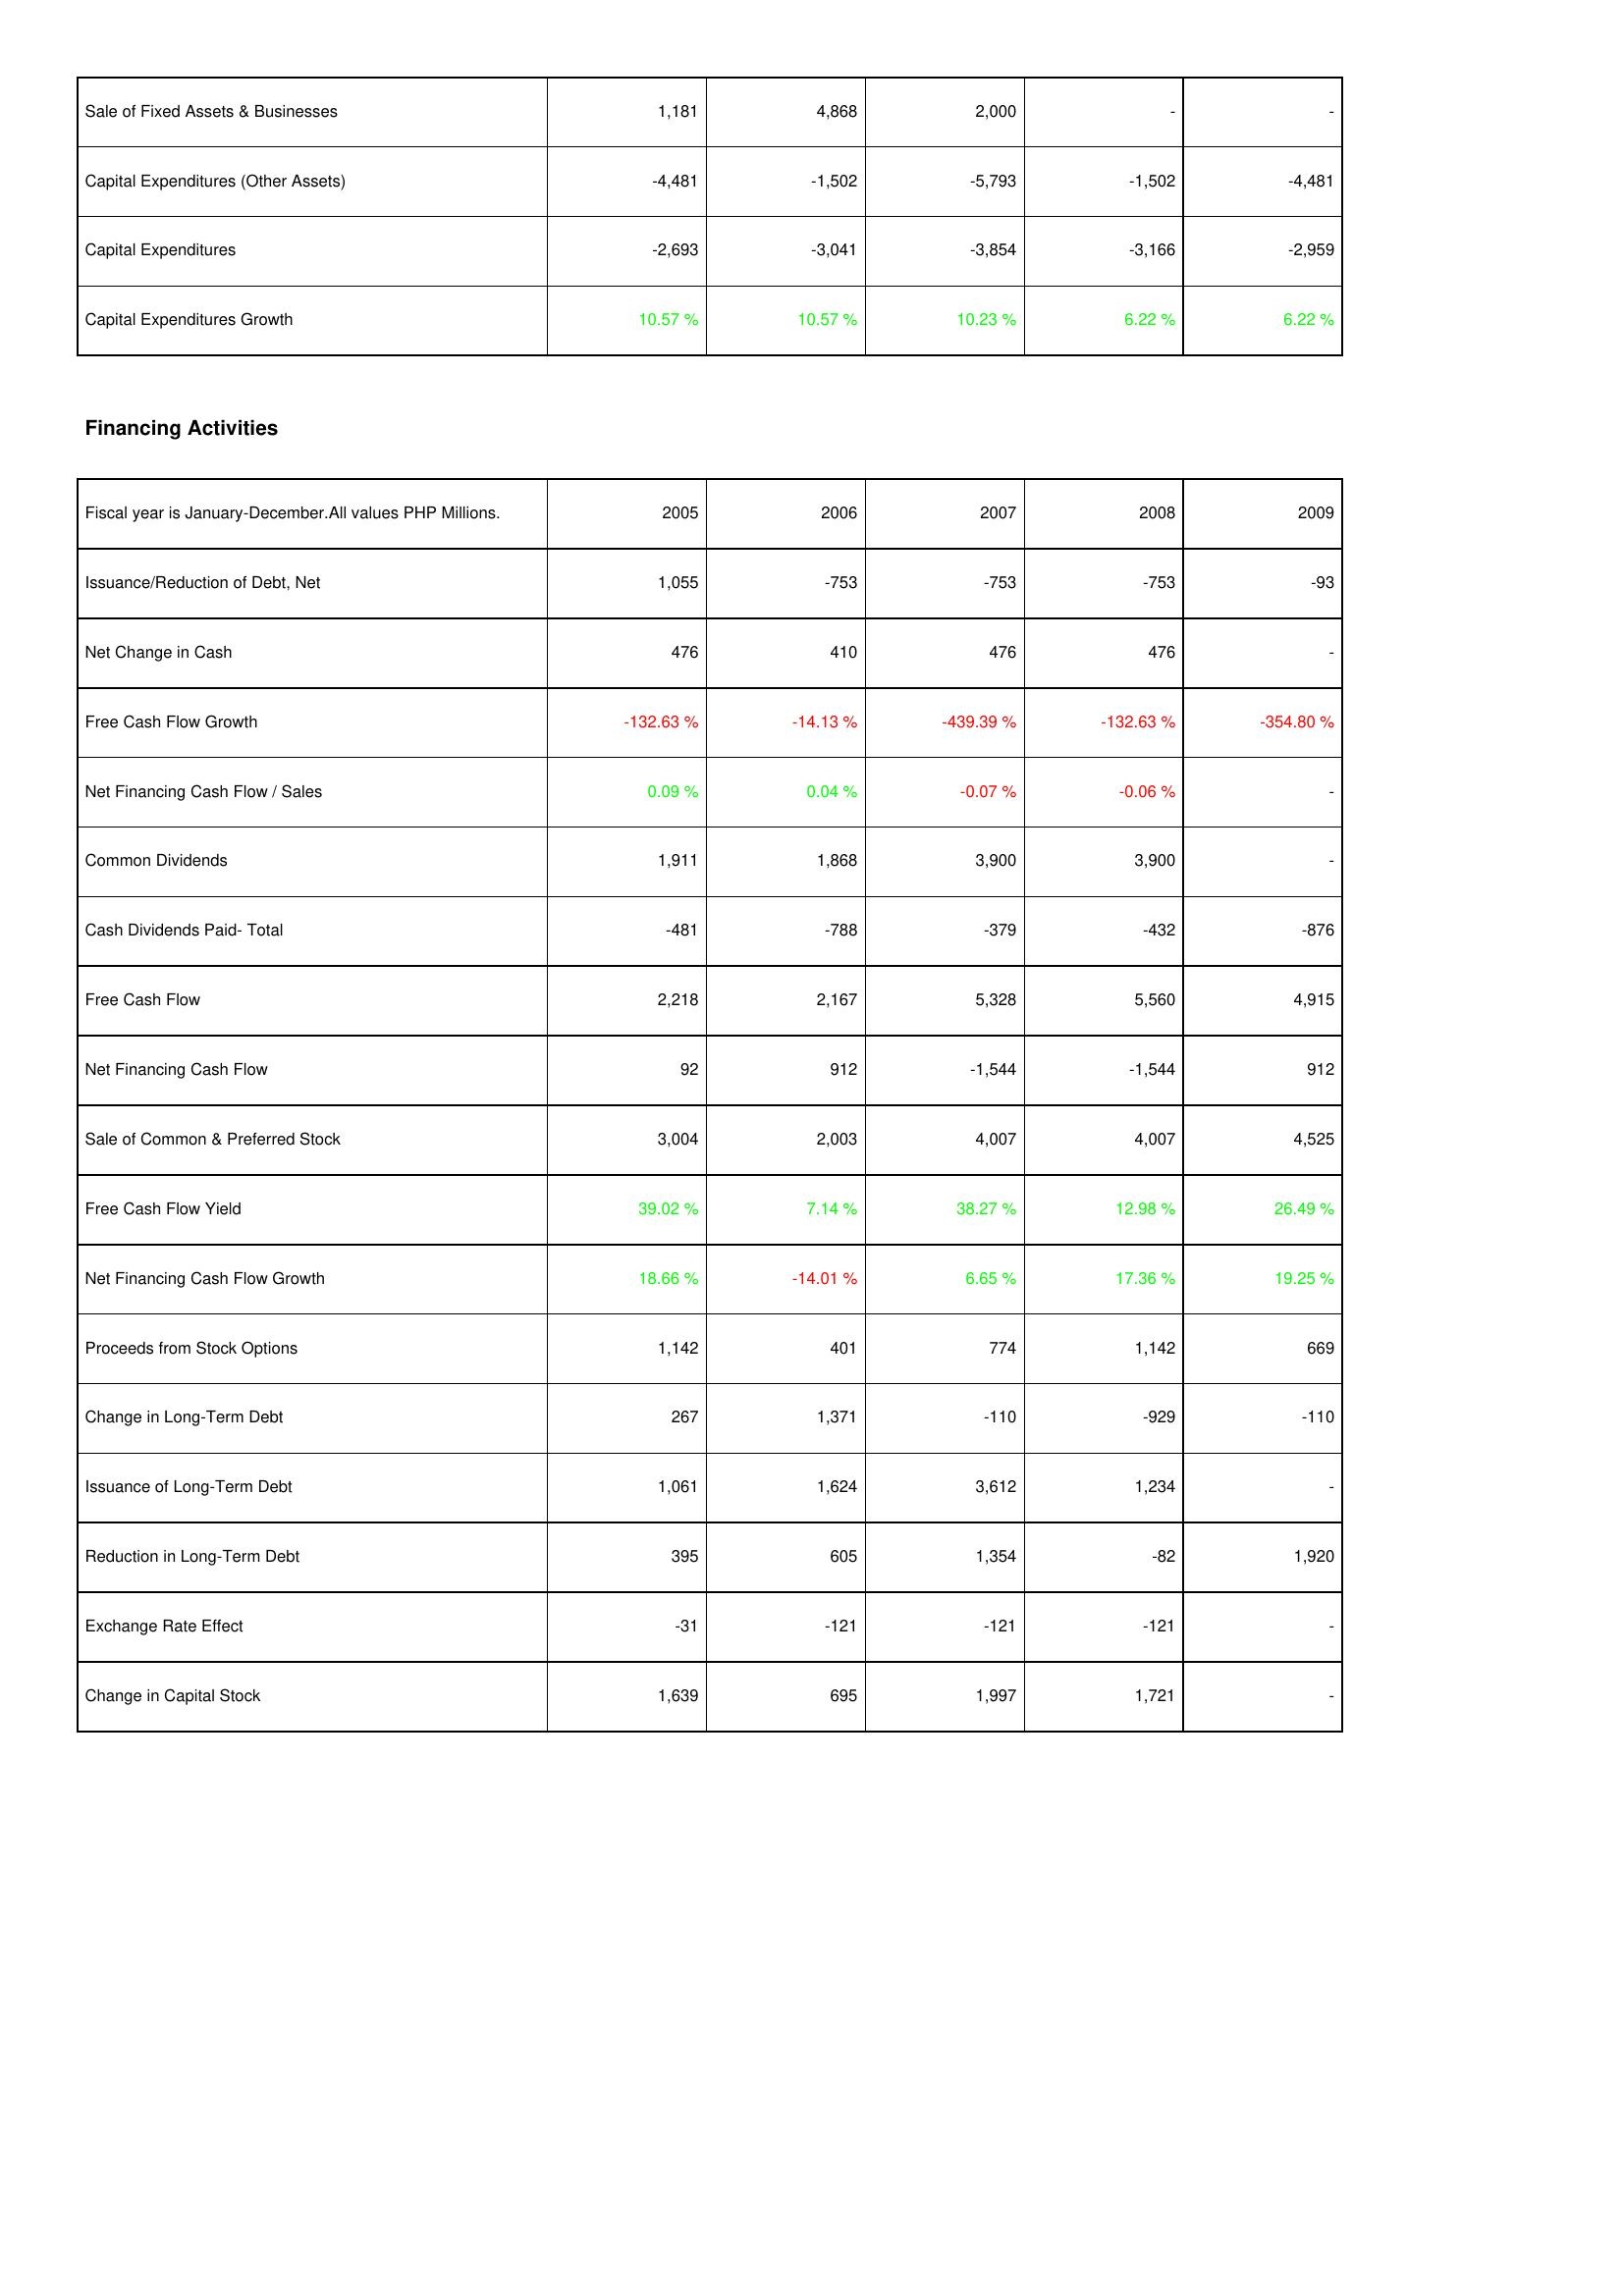
2005: Investing Activities: Sale of Fixed Assets & Businesses: 1,181
Capital Expenditures (Other Assets): -4,481
Capital Expenditures: -2,693
Capital Expenditures Growth: 10.57 %
Financing Activities: Issuance/Reduction of Debt, Net: 1,055
Net Change in Cash: 476
Free Cash Flow Growth: -132.63 %
Net Financing Cash Flow / Sales: 0.09 %
Common Dividends: 1,911
Cash Dividends Paid- Total: -481
Free Cash Flow: 2,218
Net Financing Cash Flow: 92
Sale of Common & Preferred Stock: 3,004
Free Cash Flow Yield: 39.02 %
Net Financing Cash Flow Growth: 18.66 %
Proceeds from Stock Options: 1,142
Change in Long-Term Debt: 267
Issuance of Long-Term Debt: 1,061
Reduction in Long-Term Debt: 395
Exchange Rate Effect: -31
Change in Capital Stock: 1,639
2006: Investing Activities: Sale of Fixed Assets & Businesses: 4,868
Capital Expenditures (Other Assets): -1,502
Capital Expenditures: -3,041
Capital Expenditures Growth: 10.57 %
Financing Activities: Issuance/Reduction of Debt, Net: -753
Net Change in Cash: 410
Free Cash Flow Growth: -14.13 %
Net Financing Cash Flow / Sales: 0.04 %
Common Dividends: 1,868
Cash Dividends Paid- Total: -788
Free Cash Flow: 2,167
Net Financing Cash Flow: 912
Sale of Common & Preferred Stock: 2,003
Free Cash Flow Yield: 7.14 %
Net Financing Cash Flow Growth: -14.01 %
Proceeds from Stock Options: 401
Change in Long-Term Debt: 1,371
Issuance of Long-Term Debt: 1,624
Reduction in Long-Term Debt: 605
Exchange Rate Effect: -121
Change in Capital Stock: 695
2007: Investing Activities: Sale of Fixed Assets & Businesses: 2,000
Capital Expenditures (Other Assets): -5,793
Capital Expenditures: -3,854
Capital Expenditures Growth: 10.23 %
Financing Activities: Issuance/Reduction of Debt, Net: -753
Net Change in Cash: 476
Free Cash Flow Growth: -439.39 %
Net Financing Cash Flow / Sales: -0.07 %
Common Dividends: 3,900
Cash Dividends Paid- Total: -379
Free Cash Flow: 5,328
Net Financing Cash Flow: -1,544
Sale of Common & Preferred Stock: 4,007
Free Cash Flow Yield: 38.27 %
Net Financing Cash Flow Growth: 6.65 %
Proceeds from Stock Options: 774
Change in Long-Term Debt: -110
Issuance of Long-Term Debt: 3,612
Reduction in Long-Term Debt: 1,354
Exchange Rate Effect: -121
Change in Capital Stock: 1,997
2008: Investing Activities: Sale of Fixed Assets & Businesses: -
Capital Expenditures (Other Assets): -1,502
Capital Expenditures: -3,166
Capital Expenditures Growth: 6.22 %
Financing Activities: Issuance/Reduction of Debt, Net: -753
Net Change in Cash: 476
Free Cash Flow Growth: -132.63 %
Net Financing Cash Flow / Sales: -0.06 %
Common Dividends: 3,900
Cash Dividends Paid- Total: -432
Free Cash Flow: 5,560
Net Financing Cash Flow: -1,544
Sale of Common & Preferred Stock: 4,007
Free Cash Flow Yield: 12.98 %
Net Financing Cash Flow Growth: 17.36 %
Proceeds from Stock Options: 1,142
Change in Long-Term Debt: -929
Issuance of Long-Term Debt: 1,234
Reduction in Long-Term Debt: -82
Exchange Rate Effect: -121
Change in Capital Stock: 1,721
2009: Investing Activities: Sale of Fixed Assets & Businesses: -
Capital Expenditures (Other Assets): -4,481
Capital Expenditures: -2,959
Capital Expenditures Growth: 6.22 %
Financing Activities: Issuance/Reduction of Debt, Net: -93
Net Change in Cash: -
Free Cash Flow Growth: -354.80 %
Net Financing Cash Flow / Sales: -
Common Dividends: -
Cash Dividends Paid- Total: -876
Free Cash Flow: 4,915
Net Financing Cash Flow: 912
Sale of Common & Preferred Stock: 4,525
Free Cash Flow Yield: 26.49 %
Net Financing Cash Flow Growth: 19.25 %
Proceeds from Stock Options: 669
Change in Long-Term Debt: -110
Issuance of Long-Term Debt: -
Reduction in Long-Term Debt: 1,920
Exchange Rate Effect: -
Change in Capital Stock: -